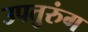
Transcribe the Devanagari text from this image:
उपतुरुंग